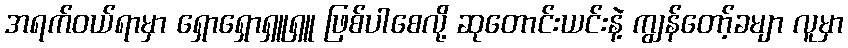
အရက်ဝယ်ရာမှာ ရှောရှောရှူရှူ ဖြစ်ပါစေလို့ ဆုတောင်းယင်းနဲ့ ကျွန်တော့်ခမျာ လူမှာ